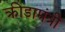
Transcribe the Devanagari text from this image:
क्रीडामंत्री